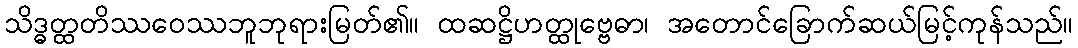
သိဒ္ဓတ္ထတိဿဝေဿဘူဘုရားမြတ်၏။ ထဆဋ္ဌိဟတ္ထုဗ္ဗေဓာ၊ အတောင်ခြောက်ဆယ်မြင့်ကုန်သည်။